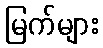
မြက်များ